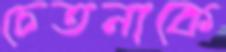
চেতনাকে